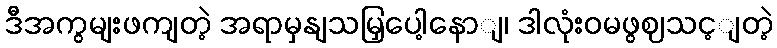
ဒီအကွမျးဖကျတဲ့ အရာမှနျသမြှပေါ့နောျ၊ ဒါလုံးဝမဖွဈသင့ျတဲ့